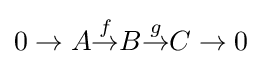
0\to A{\overset {f}{\to }}B{\overset {g}{\to }}C\to 0